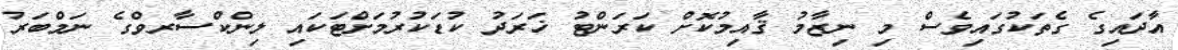
އާދައިގެ ގެތަކުގައިވެސް މި ނިޒާމު ޤާއިމުކޮށް ކަރަންޓު ޚަރަދު ކުޑަކުރުމަށްޓަކައި ލިންކްސާރވްގެ ނަމްބަރު